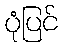
ပုံပြင်